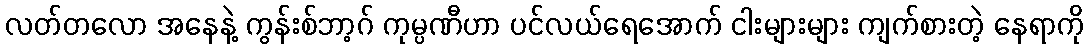
လတ်တလော အနေနဲ့ ကွန်းစ်ဘာ့ဂ် ကုမ္ပဏီဟာ ပင်လယ်ရေအောက် ငါးများများ ကျက်စားတဲ့ နေရာကို